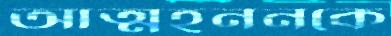
আত্মহননকে